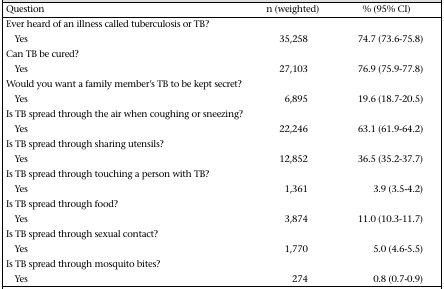
<table><thead><tr><td><b>Question</b></td><td><b>n (weighted)</b></td><td><b>% (95% CI)</b></td></tr></thead><tbody><tr><td>Ever heard of an illness called tuberculosis or TB?</td><td></td><td></td></tr><tr><td>Yes</td><td>35,258</td><td>74.7 (73.6-75.8)</td></tr><tr><td>Can TB be cured?</td><td></td><td></td></tr><tr><td>Yes</td><td>27,103</td><td>76.9 (75.9-77.8)</td></tr><tr><td>Would you want a family member&#x27;s TB to be kept secret?</td><td></td><td></td></tr><tr><td>Yes</td><td>6,895</td><td>19.6 (18.7-20.5)</td></tr><tr><td>Is TB spread through the air when coughing or sneezing?</td><td></td><td></td></tr><tr><td>Yes</td><td>22,246</td><td>63.1 (61.9-64.2)</td></tr><tr><td>Is TB spread through sharing utensils?</td><td></td><td></td></tr><tr><td>Yes</td><td>12,852</td><td>36.5 (35.2-37.7)</td></tr><tr><td>Is TB spread through touching a person with TB?</td><td></td><td></td></tr><tr><td>Yes</td><td>1,361</td><td>3.9 (3.5-4.2)</td></tr><tr><td>Is TB spread through food?</td><td></td><td></td></tr><tr><td>Yes</td><td>3,874</td><td>11.0 (10.3-11.7)</td></tr><tr><td>Is TB spread through sexual contact?</td><td></td><td></td></tr><tr><td>Yes</td><td>1,770</td><td>5.0 (4.6-5.5)</td></tr><tr><td>Is TB spread through mosquito bites?</td><td></td><td></td></tr><tr><td>Yes</td><td>274</td><td>0.8 (0.7-0.9)</td></tr></tbody></table>